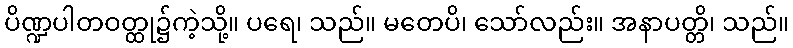
ပိဏ္ဍပါတဝတ္ထု၌ကဲ့သို့။ ပရေ၊ သည်။ မတေပိ၊ သော်လည်း။ အနာပတ္တိ၊ သည်။